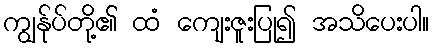
ကျွန်ုပ်တို့၏ ထံ ကျေးဇူးပြု၍ အသိပေးပါ။